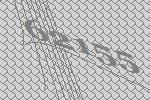
62155